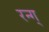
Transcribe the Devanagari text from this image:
रन्ग्